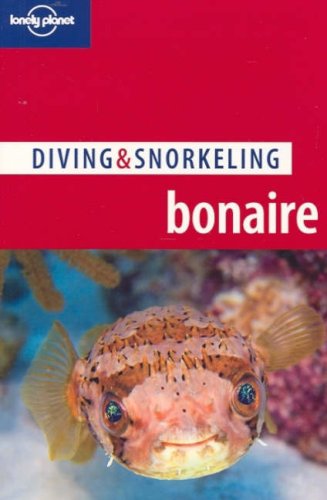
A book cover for Lonely Planet Diving & Snorkeling Bonaire; Tim Rock; Sports & Outdoors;